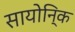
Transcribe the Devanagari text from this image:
सायोनि्क